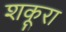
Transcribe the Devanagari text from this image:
शकूरा